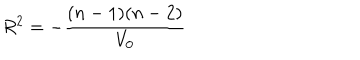
LaTeX: R ^ { 2 } = - \frac { ( n - 1 ) ( n - 2 ) } { V _ { 0 } }